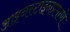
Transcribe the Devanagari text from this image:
आइनस्टाइनप्रमाणे